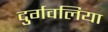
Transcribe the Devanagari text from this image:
दुर्गवलिया